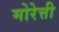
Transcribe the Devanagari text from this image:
मोरेत्ती